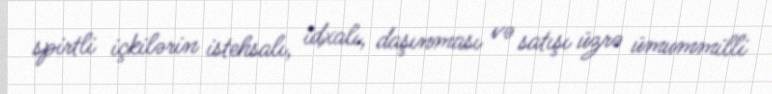
spirtli içkilərin istehsalı, idxalı, daşınması və satışı üzrə ümummilli